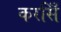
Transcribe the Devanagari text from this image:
करसिँ